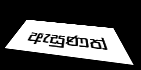
ඇසුණත්